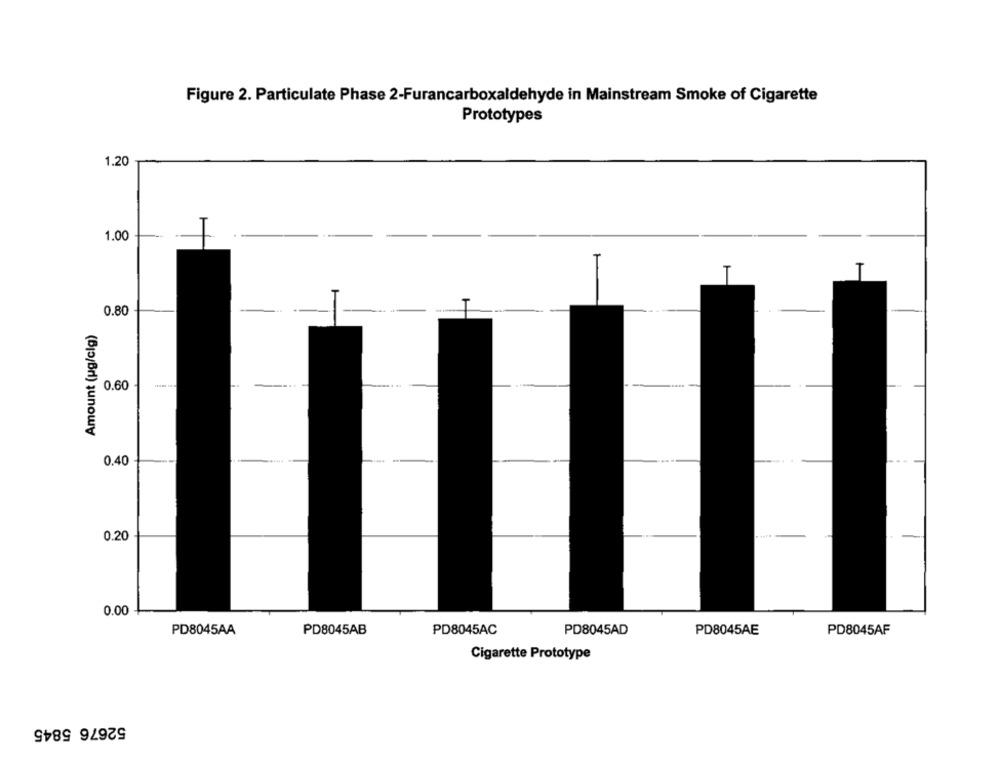
Figure 2. Particulate Phase 2-Furancarboxaldehyde in Mainstream Smoke of Cigarette
Prototypes
1.20
1.00
0.80
Amount (ug/clg)
0.60
0.40
0.20
0.00
PD8045AA
PD8045AB
PD8045AC
PD8045AD
PD8045AE
PD8045AF
Cigarette Prototype
52676 5845